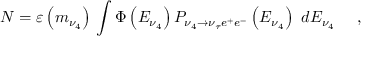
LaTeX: N = \varepsilon \left( { m _ { \nu _ { 4 } } } \right) \, \int { \Phi \left( { E _ { \nu _ { 4 } } } \right) } \, P _ { \nu _ { 4 } \to \nu _ { \tau } e ^ { + } e ^ { - } } \left( { E _ { \nu _ { 4 } } } \right) \, \, d E _ { \nu _ { 4 } } \quad \ ,